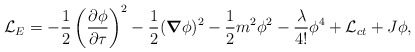
\begin{align*}{\cal L}_{E}=-\frac{1}{2} \left(\frac{\partial \phi}{\partial \tau}\right)^{2} -\frac{1}{2}(\mbox{\boldmath $\nabla$}\phi)^{2} -\frac{1}{2}m^{2}\phi^{2} -\frac{\lambda}{4!}\phi^{4} +{\cal L}_{ct} +J\phi,\end{align*}